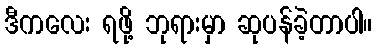
ဒီကလေး ရဖို့ ဘုရားမှာ ဆုပန်ခဲ့တာပါ။